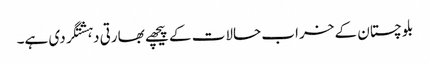
بلوچستان کے خراب حالات کے پیچھے بھارتی دہشتگردی ہے۔